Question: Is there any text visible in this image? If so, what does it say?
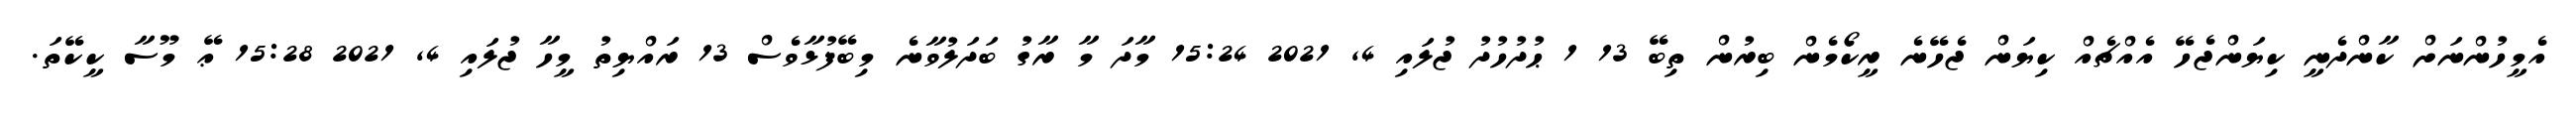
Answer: އެމީހުންނަށް ކާންދެނީ ކިޔަންޖެހޭ އެއްޗެއް ކިޔަން ޖެހޭނެ ރީކޯމެން ބިރުން ތިބޭ 13 1 ޙުދުހުދު ޖުލައި 4, 2021 15:24 މާދަ މާ ރާގު ބަދަލުވާނެ މިބޭފުޅާވެސް 13 ރައްޔިތު މީހާ ޖުލައި 4, 2021 15:28 ޢޭ މޫސާ ކީކޭތަ.